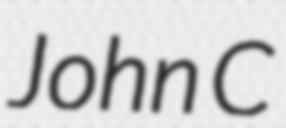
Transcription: John C